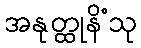
အနုတ္ထုနိံသု